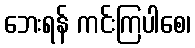
ဘေးရန် ကင်းကြပါစေ၊